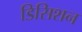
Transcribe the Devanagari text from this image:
डिसिशन